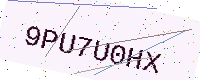
Text: 9PU7U0HX